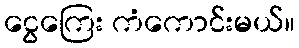
ငွေကြေး ကံကောင်းမယ်။